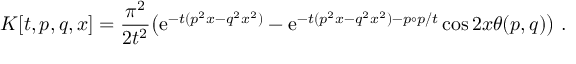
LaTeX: K [ t , p , q , x ] = \frac { \pi ^ { 2 } } { 2 t ^ { 2 } } \big ( \mathrm { e } ^ { - t ( p ^ { 2 } x - q ^ { 2 } x ^ { 2 } ) } - \mathrm { e } ^ { - t ( p ^ { 2 } x - q ^ { 2 } x ^ { 2 } ) - p \circ p / t } \cos 2 x \theta ( p , q ) \big ) ~ .